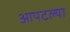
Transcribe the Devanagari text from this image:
आपटल्या